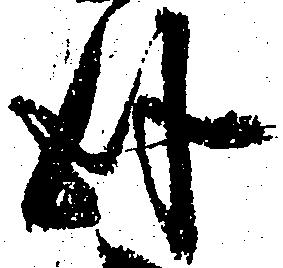
臥